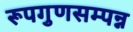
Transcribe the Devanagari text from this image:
रूपगुणसम्पन्न